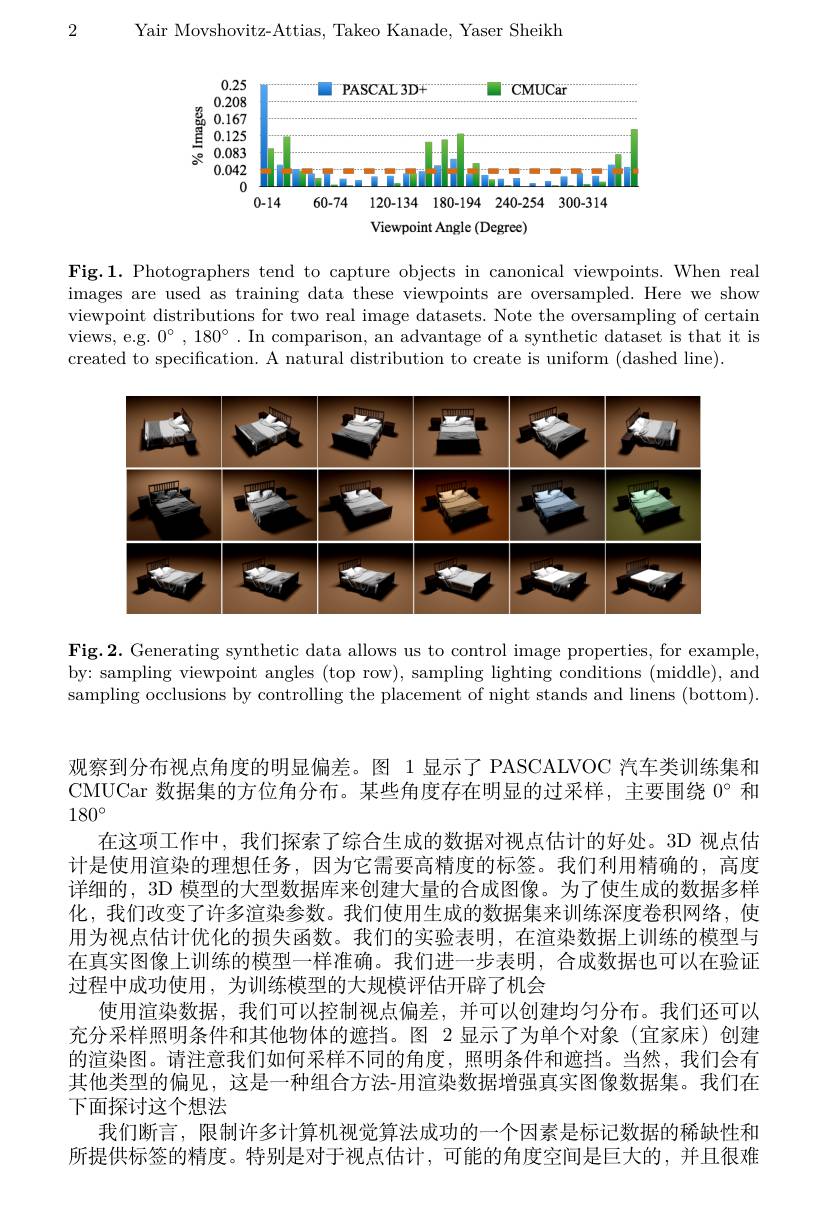
Yair Movshovitz-Attias, Takeo Kanade, Yaser Sheikh

2

<FigureHere>
0-14
60-74 120-134 180-194 240-254 300-314

Viewpoint Angle (Degree)

Fig.1. Photographers tend to capture objects in canonical viewpoints. When real images are used as training data these viewpoints are oversampled. Here we show viewpoint distributions for two real image datasets. Note the oversampling of certain views, e.g. $0^{\circ},180^{\circ}.$ In comparison, an advantage of a synthetic dataset is that it is created to specification. A natural distribution to create is uniform (dashed line).

<FigureHere>

Fig.2. Generating synthetic data allows us to control image properties, for example, by: sampling viewpoint angles (top row), sampling lighting conditions (middle), and sampling occlusions by controlling the placement of night stands and linens (bottom).

观察到分布视点角度的明显偏差。图 1 显示了 PASCALVOC 汽车类训练集和CMUCar 数据集的方位角分布。某些角度存在明显的过采样，主要围绕$0^{\circ}$和$180^{\circ}$
在这项工作中，我们探索了综合生成的数据对视点估计的好处。3D 视点估计是使用渲染的理想任务，因为它需要高精度的标签。我们利用精确的，高度详细的，3D 模型的大型数据库来创建大量的合成图像。为了使生成的数据多样化，我们改变了许多渲染参数。我们使用生成的数据集来训练深度卷积网络，使用为视点估计优化的损失函数。我们的实验表明，在渲染数据上训练的模型与在真实图像上训练的模型一样准确。我们进一步表明，合成数据也可以在验证过程中成功使用，为训练模型的大规模评估开辟了机会
使用渲染数据，我们可以控制视点偏差，并可以创建均匀分布。我们还可以充分采样照明条件和其他物体的遮挡。图 2 显示了为单个对象(宜家床)创建的渲染图。请注意我们如何采样不同的角度，照明条件和遮挡。当然，我们会有其他类型的偏见，这是一种组合方法-用渲染数据增强真实图像数据集。我们在下面探讨这个想法
我们断言，限制许多计算机视觉算法成功的一个因素是标记数据的稀缺性和所提供标签的精度。特别是对于视点估计，可能的角度空间是巨大的，并且很难